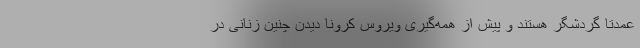
عمدتا گردشگر هستند و پیش از همه‌گیری ویروس کرونا دیدن چنین زنانی در